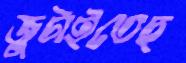
জুটাইতেছ